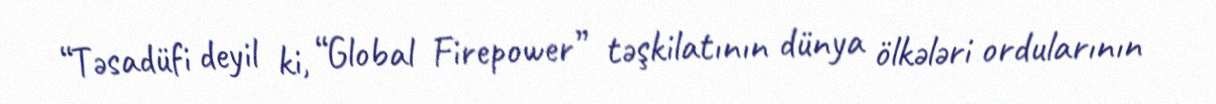
“Təsadüfi deyil ki, “Global Firepower” təşkilatının dünya ölkələri ordularının